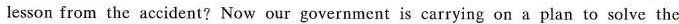
lesson from the accident?Now our government is carrying on a plan to solve the